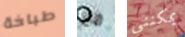
طباخة مع يمكنني